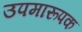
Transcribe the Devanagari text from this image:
उपमारूपक